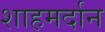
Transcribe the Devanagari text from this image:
शाहमर्दान